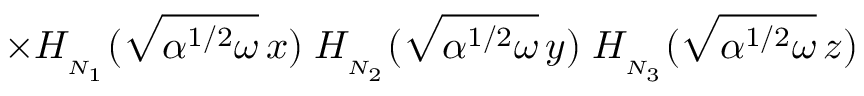
\times H _ { _ { N _ { 1 } } } ( \sqrt { \alpha ^ { 1 / 2 } \omega } \, x ) \; H _ { _ { N _ { 2 } } } ( \sqrt { \alpha ^ { 1 / 2 } \omega } \, y ) \; H _ { _ { N _ { 3 } } } ( \sqrt { \alpha ^ { 1 / 2 } \omega } \, z )